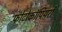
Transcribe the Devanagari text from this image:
फोटोकॉपियरों